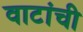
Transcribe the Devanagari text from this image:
वाटांची